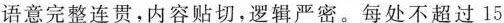
语意完整连贯，内容贴切，逻辑严密。每处不超过15